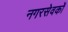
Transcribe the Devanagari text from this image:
नगरसेवकों